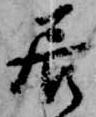
居